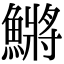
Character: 鱂